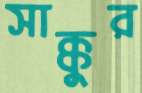
সাক্কুর